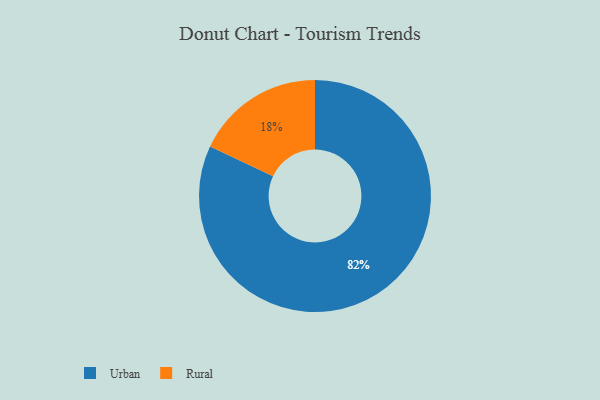
{"axis": {"x": "Category", "y": "Percentage"}, "legend": ["Rural", "Urban"], "data": [{"x": "Urban", "y": 82, "type": "Urban"}, {"x": "Rural", "y": 18, "type": "Rural"}]}